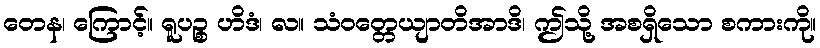
တေန၊ ကြောင့်။ ရူပဉ္စ ဟိဒံ၊ လ။ သံဝတ္တေယျာတိအာဒိ၊ ဤသို့ အစရှိသော စကားကို။